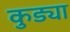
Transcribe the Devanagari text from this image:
कुड्या